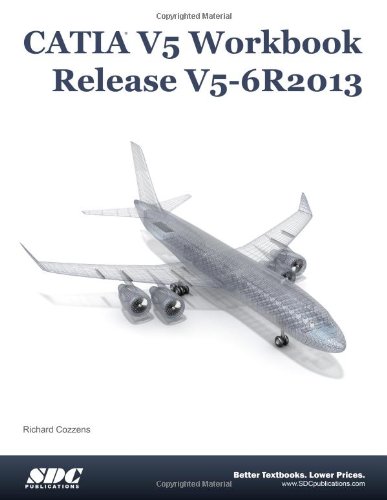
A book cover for CATIA V5 Workbook Release V5-6R2013; Richard Cozzens; Computers & Technology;